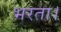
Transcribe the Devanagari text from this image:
भरता।